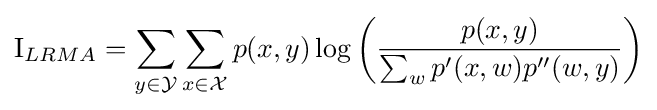
\operatorname {I} _{LRMA}=\sum _{y\in {\mathcal {Y}}}\sum _{x\in {\mathcal {X}}}{p(x,y)\log {\left({\frac {p(x,y)}{\sum _{w}p^{\prime }(x,w)p^{\prime \prime }(w,y)}}\right)}}